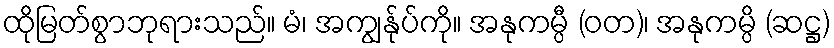
ထိုမြတ်စွာဘုရားသည်။ မံ၊ အကျွန်ုပ်ကို။ အနုကမ္ပီ (ဝတ)၊ အနုကမ္ပိ (ဆဋ္ဌ)